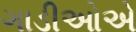
ગાડીઓએ